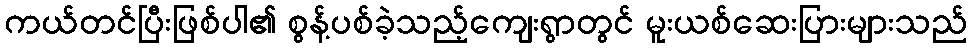
ကယ်တင်ပြီးဖြစ်ပါ၏ စွန့်ပစ်ခဲ့သည့်ကျေးရွာတွင် မူးယစ်ဆေးပြားများသည်